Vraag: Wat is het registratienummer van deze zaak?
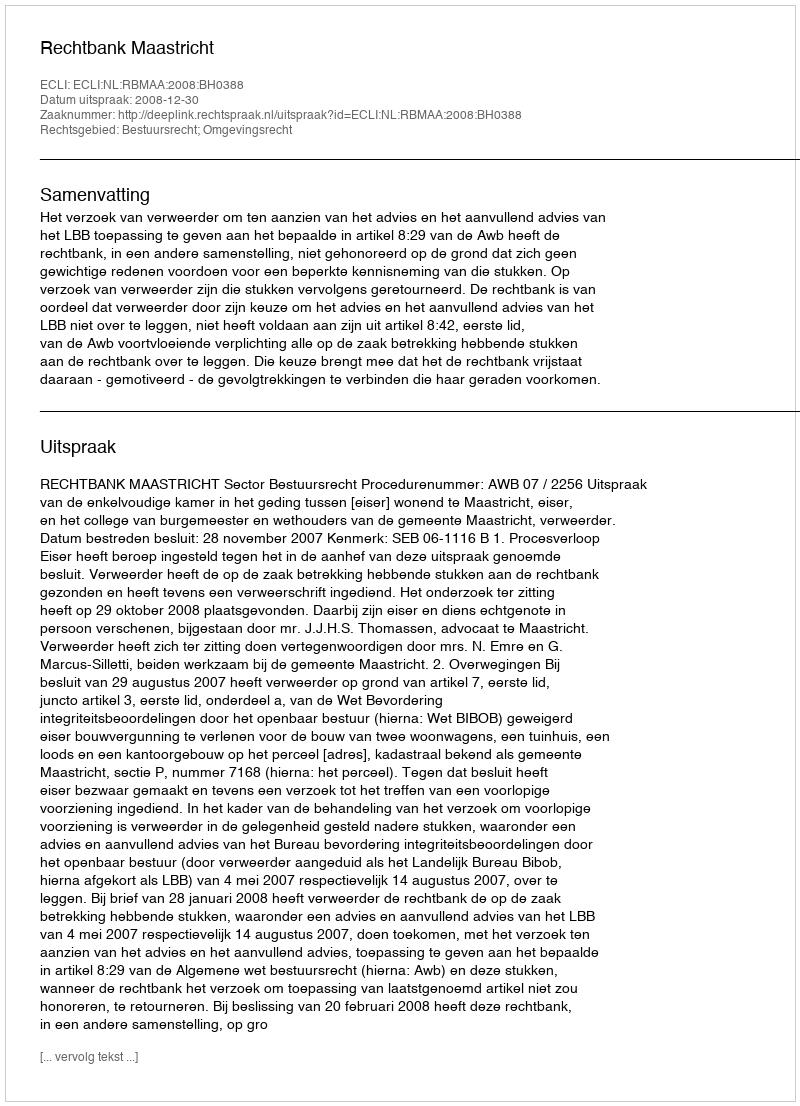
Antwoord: http://deeplink.rechtspraak.nl/uitspraak?id=ECLI:NL:RBMAA:2008:BH0388